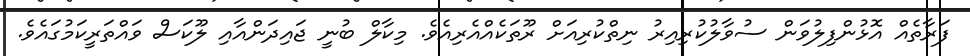
ފަރާތެއް އޮޅުންފިލުވަން ސުވާލުކުރިއިރު ނިތްކުރިއަށް ރޫތަކެއްއެރިއެވެ. މިކާލް ބުނީ ޖައިދަންއާއި ލޫކަސް ވައްތަރީކަމުގައެވެ.